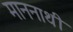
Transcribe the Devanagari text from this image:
माननाथी